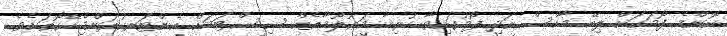
ކޮންމެ ފޯމަކަށް ލިބޭ މާކްސް އަދި ފޯމުގައިވާ ހުރިހާ މަޢުލޫމާތެއް ސިސްޓަމަށް އެންޓަރކުރަންޖެހޭގޮތަށެވެ.